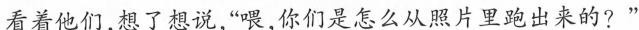
看着他们，想了想说，“喂，你们是怎么从照片里跑出来的?’